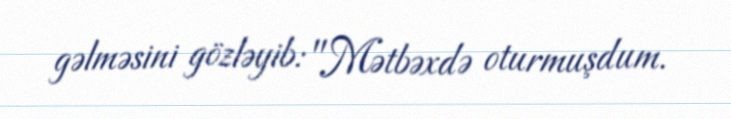
gəlməsini gözləyib: "Mətbəxdə oturmuşdum.